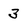
Character: 3